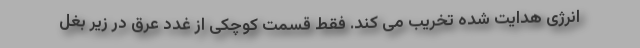
انرژی هدایت شده تخریب می کند. فقط قسمت کوچکی از غدد عرق در زیر بغل